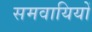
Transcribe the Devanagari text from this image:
समवायियों